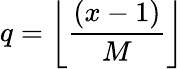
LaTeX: q=\left\lfloor{\frac{\left(x-1\right)}{M}}\right\rfloor